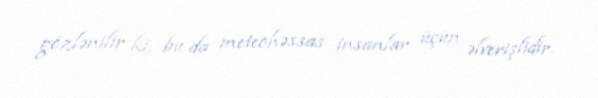
gözlənilir ki, bu da meteohəssas insanlar üçün əlverişlidir.